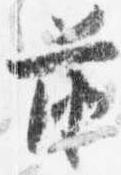
前